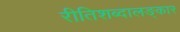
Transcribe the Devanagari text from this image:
रीतिशब्दालङ्कार